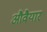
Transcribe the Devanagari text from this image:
औवैयार